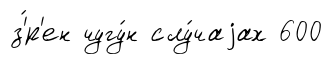
з'́р'ен чугу́н слу́чаjах 600